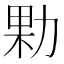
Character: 𭄰